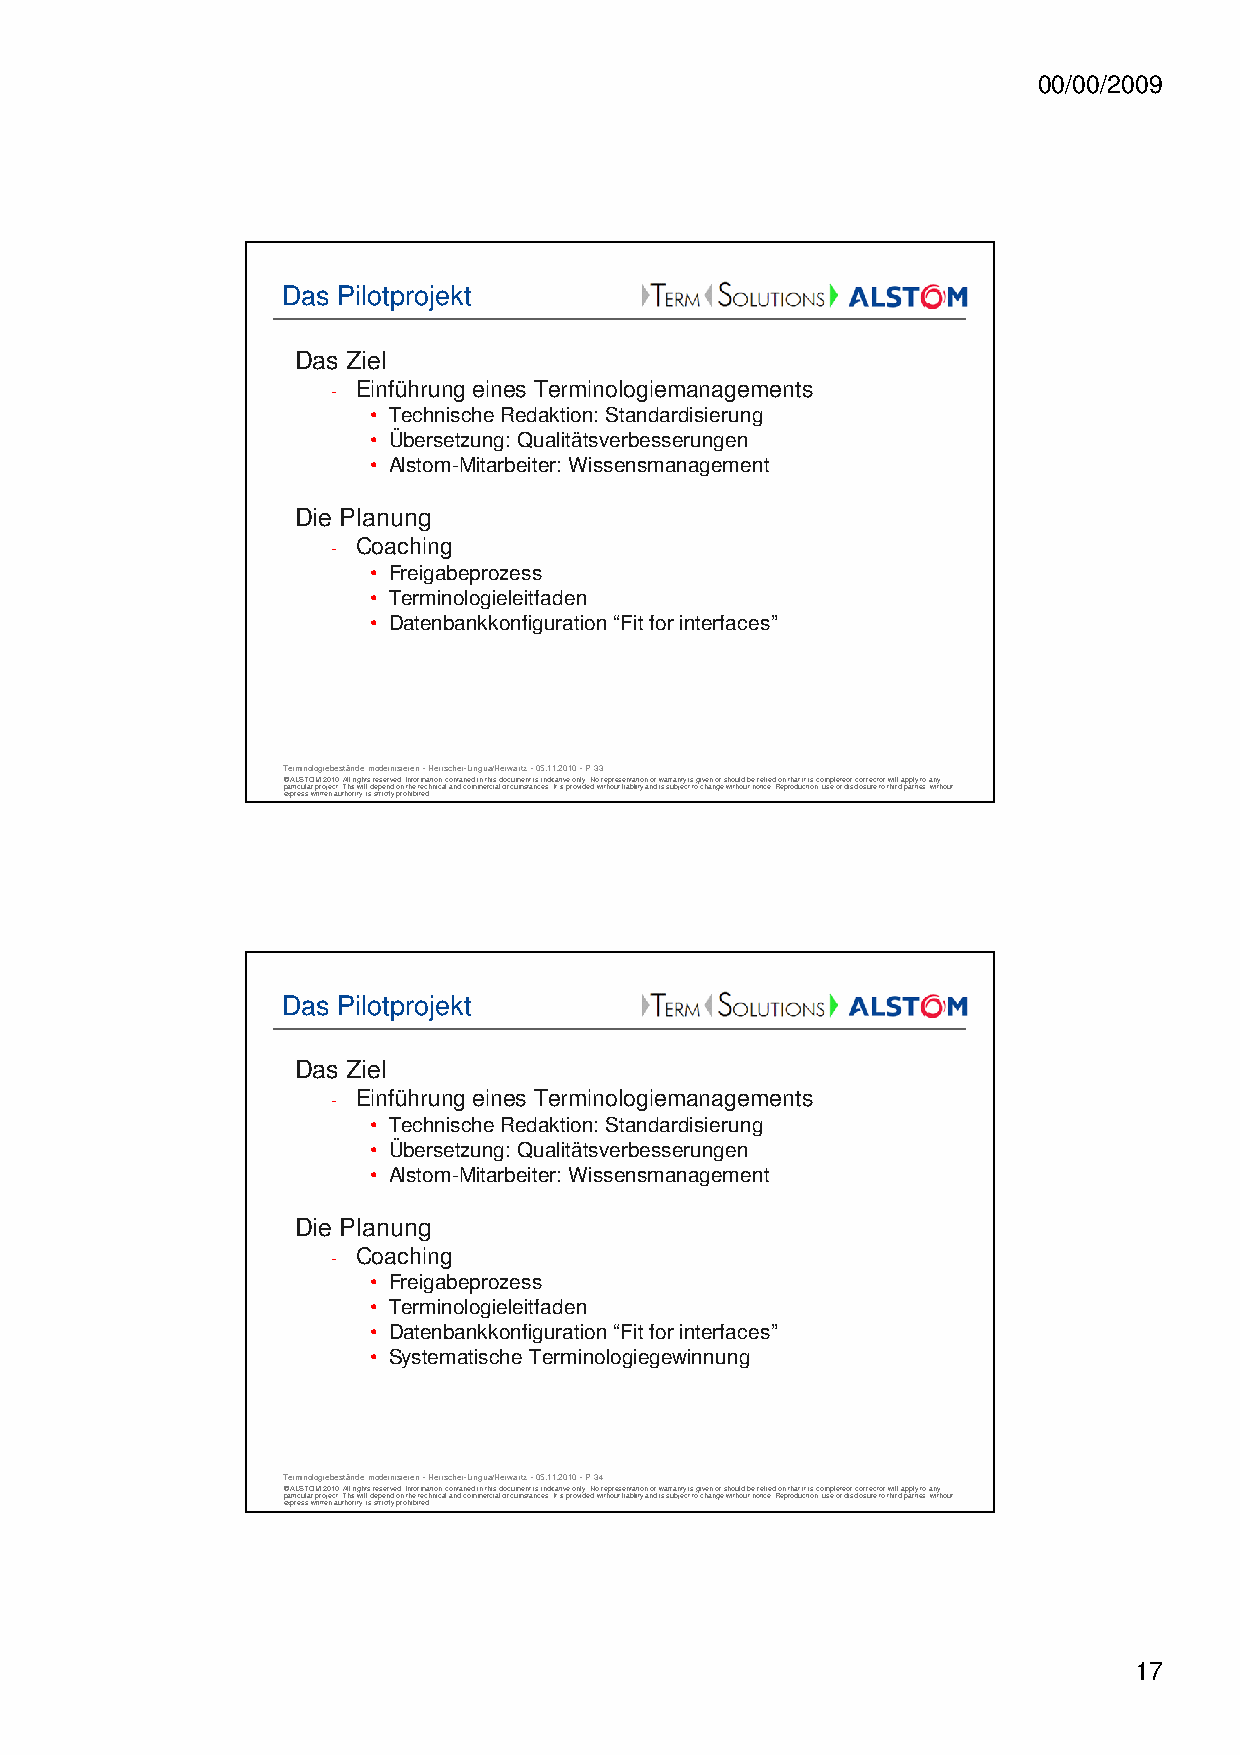
00/00/2009
 Das Pilotprojekt
 Das Ziel
 - Einführung eines Terminologiemanagements
 • Technische Redaktion: Standardisierung
 • Übersetzung: Qualitätsverbesserungen
 • Alstom-Mitarbeiter: Wissensmanagement
 Die Planung
 - Coaching
 • Freigabeprozess
 • Terminologieleitfaden
 • Datenbankkonfiguration “Fit for interfaces”
 Terminologiebestände modernisieren -Herrscher-Lingua/Herwartz -05.11.2010 -P 33
 © ALSTOM 2010. All rights reserved. Information contained in this document is indicative only. No representation or warranty is given or should be relied on that it is complete or correct or will apply to any
 particular project. This will depend on the technical and commercial circumstances. It is provided without liability and is subject to change without notice. Reproduction, use or disclosure to third parties, without
 express written authority, is strictly prohibited.
 Das Pilotprojekt
 Das Ziel
 - Einführung eines Terminologiemanagements
 • Technische Redaktion: Standardisierung
 • Übersetzung: Qualitätsverbesserungen
 • Alstom-Mitarbeiter: Wissensmanagement
 Die Planung
 - Coaching
 • Freigabeprozess
 • Terminologieleitfaden
 • Datenbankkonfiguration “Fit for interfaces”
 • Systematische Terminologiegewinnung
 Terminologiebestände modernisieren -Herrscher-Lingua/Herwartz -05.11.2010 -P 34
 © ALSTOM 2010. All rights reserved. Information contained in this document is indicative only. No representation or warranty is given or should be relied on that it is complete or correct or will apply to any
 particular project. This will depend on the technical and commercial circumstances. It is provided without liability and is subject to change without notice. Reproduction, use or disclosure to third parties, without
 express written authority, is strictly prohibited.
 17